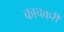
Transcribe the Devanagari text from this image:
काचकरी